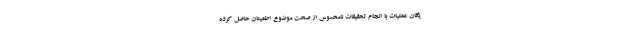
یگان عملیات با انجام تحقیقات نامحسوس از صحت موضوع اطمینان حاصل کرده